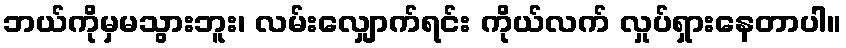
ဘယ်ကိုမှမသွားဘူး၊ လမ်းလျှောက်ရင်း ကိုယ်လက် လှုပ်ရှားနေတာပါ။